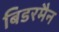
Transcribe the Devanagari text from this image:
बिडरमैन